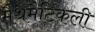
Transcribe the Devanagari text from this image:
मैथमैटिकली